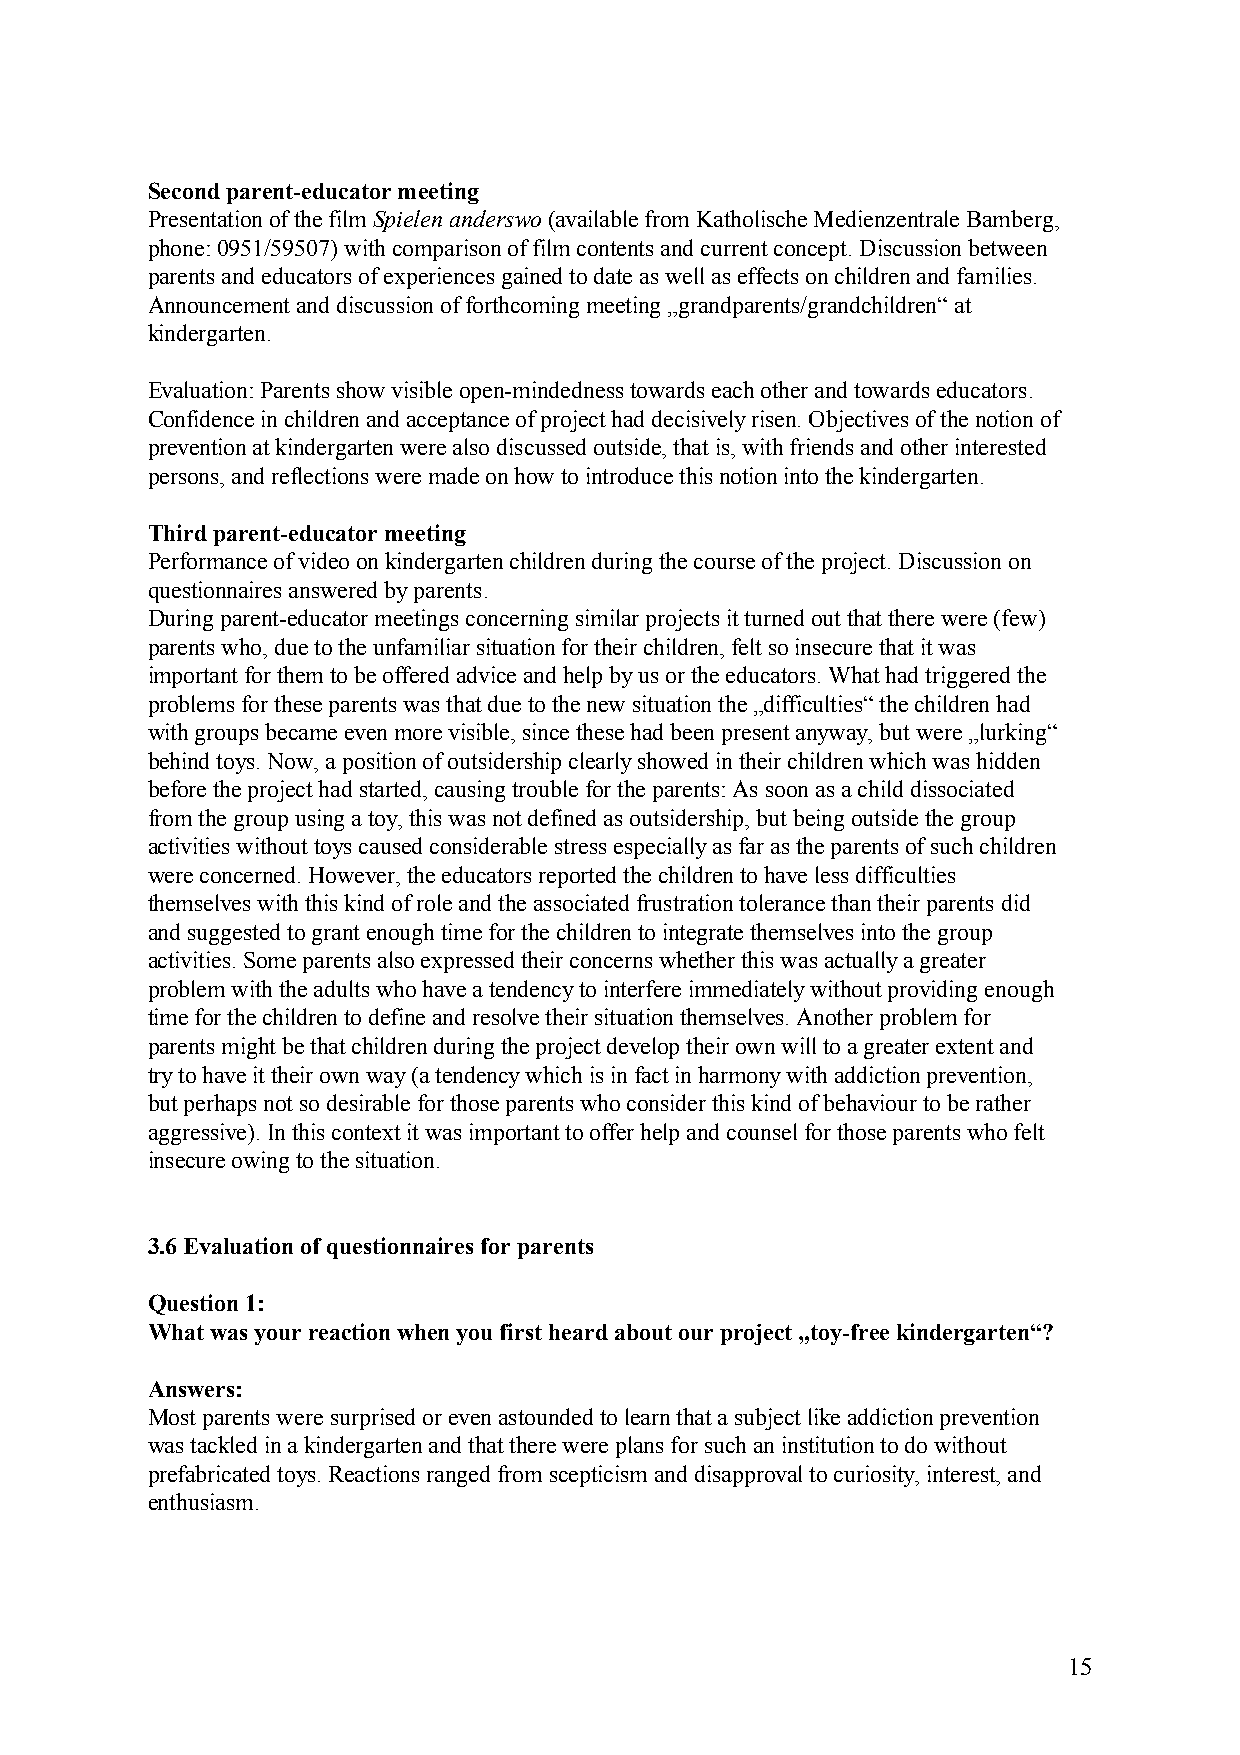
Second parent-educator meeting
 Presentation of the film Spielen anderswo (available from Katholische Medienzentrale Bamberg,
 phone: 0951/59507) with comparison of film contents and current concept. Discussion between
 parents and educators of experiences gained to date as well as effects on children and families.
 Announcement and discussion of forthcoming meeting „grandparents/grandchildren“ at
 kindergarten.
 Evaluation: Parents show visible open-mindedness towards each other and towards educators.
 Confidence in children and acceptance of project had decisively risen. Objectives of the notion of
 prevention at kindergarten were also discussed outside, that is, with friends and other interested
 persons, and reflections were made on how to introduce this notion into the kindergarten.
 Third parent-educator meeting
 Performance of video on kindergarten children during the course of the project. Discussion on
 questionnaires answered by parents.
 During parent-educator meetings concerning similar projects it turned out that there were (few)
 parents who, due to the unfamiliar situation for their children, felt so insecure that it was
 important for them to be offered advice and help by us or the educators. What had triggered the
 problems for these parents was that due to the new situation the „difficulties“ the children had
 with groups became even more visible, since these had been present anyway, but were „lurking“
 behind toys. Now, a position of outsidership clearly showed in their children which was hidden
 before the project had started, causing trouble for the parents: As soon as a child dissociated
 from the group using a toy, this was not defined as outsidership, but being outside the group
 activities without toys caused considerable stress especially as far as the parents of such children
 were concerned. However, the educators reported the children to have less difficulties
 themselves with this kind of role and the associated frustration tolerance than their parents did
 and suggested to grant enough time for the children to integrate themselves into the group
 activities. Some parents also expressed their concerns whether this was actually a greater
 problem with the adults who have a tendency to interfere immediately without providing enough
 time for the children to define and resolve their situation themselves. Another problem for
 parents might be that children during the project develop their own will to a greater extent and
 try to have it their own way (a tendency which is in fact in harmony with addiction prevention,
 but perhaps not so desirable for those parents who consider this kind of behaviour to be rather
 aggressive). In this context it was important to offer help and counsel for those parents who felt
 insecure owing to the situation.
 3.6 Evaluation of questionnaires for parents
 Question 1:
 What was your reaction when you first heard about our project „toy-free kindergarten“?
 Answers:
 Most parents were surprised or even astounded to learn that a subject like addiction prevention
 was tackled in a kindergarten and that there were plans for such an institution to do without
 prefabricated toys. Reactions ranged from scepticism and disapproval to curiosity, interest, and
 enthusiasm.
 15